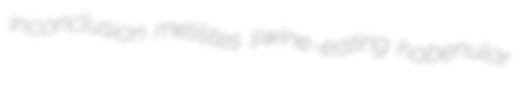
inconclusion melilites swine-eating habenular